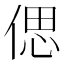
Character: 偲